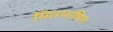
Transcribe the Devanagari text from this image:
मितभाषिणः